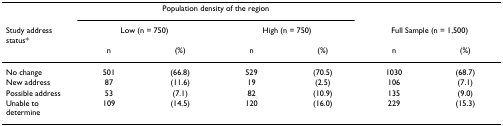
<table><thead><tr><td></td><td colspan="4"><b>Population density of the region</b></td><td></td><td></td></tr><tr><td><b>Study address status*</b></td><td colspan="2"><b>Low (n = 750)</b></td><td colspan="2"><b>High (n = 750)</b></td><td colspan="2"><b>Full Sample (n = 1,500)</b></td></tr><tr><td></td><td><b>n</b></td><td><b>(%)</b></td><td><b>n</b></td><td><b>(%)</b></td><td><b>n</b></td><td><b>(%)</b></td></tr></thead><tbody><tr><td>No change</td><td>501</td><td>(66.8)</td><td>529</td><td>(70.5)</td><td>1030</td><td>(68.7)</td></tr><tr><td>New address</td><td>87</td><td>(11.6)</td><td>19</td><td>(2.5)</td><td>106</td><td>(7.1)</td></tr><tr><td>Possible address</td><td>53</td><td>(7.1)</td><td>82</td><td>(10.9)</td><td>135</td><td>(9.0)</td></tr><tr><td>Unable to determine</td><td>109</td><td>(14.5)</td><td>120</td><td>(16.0)</td><td>229</td><td>(15.3)</td></tr></tbody></table>